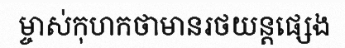
ម្ចាស់កុហកថាមានរថយន្តផ្សេង